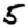
Digit: 5